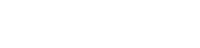
တိံသကပ္ပသဟဿမှိ